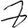
Digit: 8